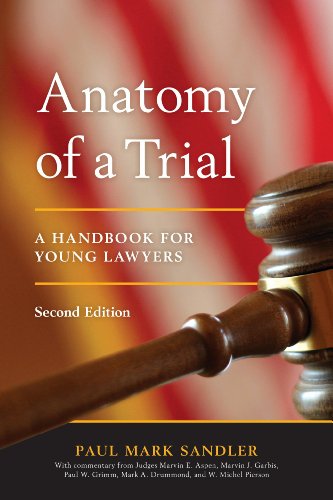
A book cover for Anatomy of a Trial: A Handbook for Young Lawyers; Paul Mark Sandler; Law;